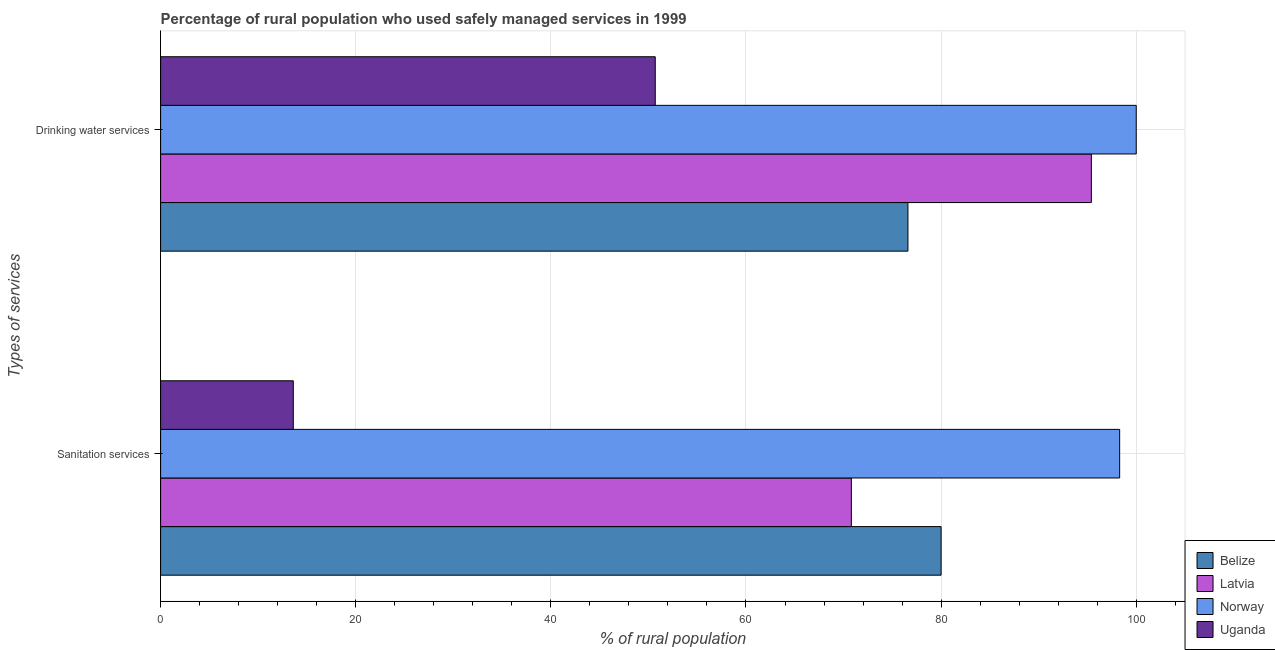
| Types of services | Belize | Latvia | Norway | Uganda |
 | --- | --- | --- | --- | --- |
 | Sanitation services | 80 | 70.8 | 98.3 | 13.6 |
 | Drinking water services | 76.6 | 95.4 | 100 | 50.7 |